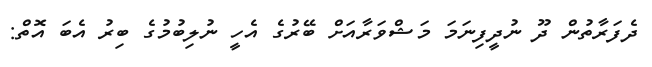
ދެފަރާތުން ދޫ ނުދީފިނަމަ މަޝްވަރާއަށް ބޭރުގެ އެހީ ނުލިބުމުގެ ބިރު އެބަ އޮތް: